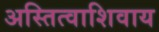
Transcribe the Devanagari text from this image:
अस्तित्वाशिवाय